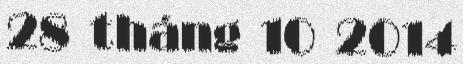
28 tháng 10 2014